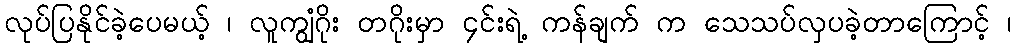
လုပ်ပြနိုင်ခဲ့ပေမယ့် ၊ လူကျွံဂိုး တဂိုးမှာ ၄င်းရဲ့ ကန်ချက် က သေသပ်လှပခဲ့တာကြောင့် ၊